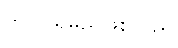
တင်ပြရမည်ဖြစ်သည်